Report of the Municipal Commissioner on the plague in Bombay for the year ending 31st May... - Volume 2
Disease focus: Plague
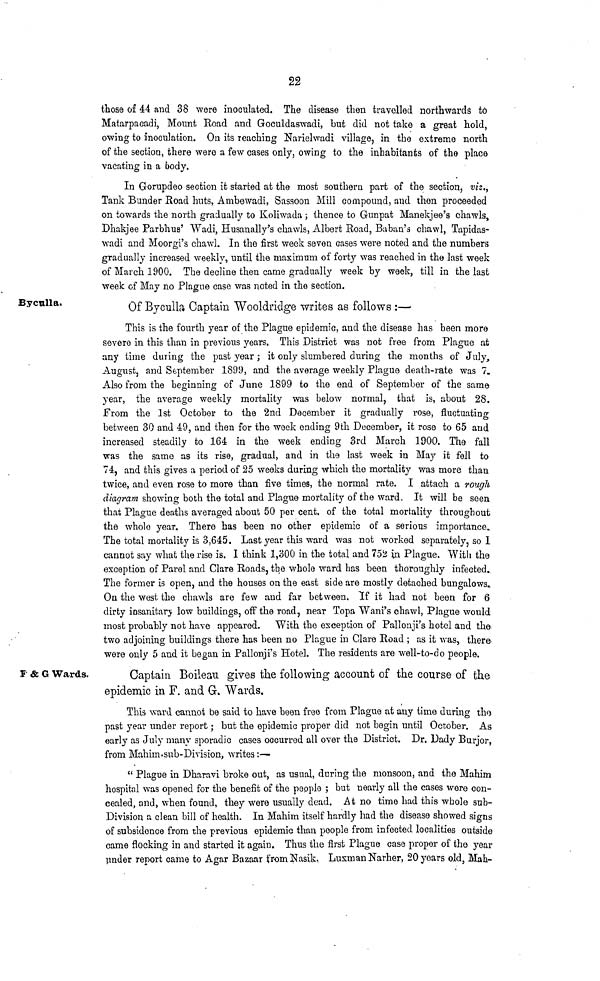
22
those of 44 and 38 were inoculated. The disease then travelled northwards to
Matarpaoadi, Mount Road and Goculdaswadi, but did not take a great hold,
owing to inoculation. On its reaching Narielwadi village, in the extreme north
of the section, there were a few cases only, owing to the inhabitants of the place
vacating in a body.
In Gorupdeo section it started at the most southern part of the section, viz.,
Tank Bunder Road Irats, Ambewadi, Sassoon Mill compound, and then proceeded
on towards the north gradually to Koliwada ; thence to Gunpat Manekjee's chawls,
Dhakjee Parbhus' Wadi, Husanally's chawls, Albert Road, Buban's chawl, Tapidas-
wadi and Moorgi's chawl. In the first week seven cases were noted and the numbers
gradually increased weekly, until the maximum of forty was reached in the last week
of March 1900. The decline then came gradually week by week, till in the last
week of May no Plague case was noted in the section.
Bycnlla.
Of Byculla Captain Wooldridge writes as follows :—
This is the fourth year of the Plague epidemic, and the disease has been more
severe in this than in previous years. This District was not free from Plague at
any time during the past year; it only slumbered during the months of July,
August, and September 1899, and the average weekly Plague death-rate was 7.
Also from the beginning of June 1899 to the end of September of the same
year, the average weekly mortality was below normal, that is, about 28.
From the 1st October to the 2nd December it gradually rose, fluctuating
between 30 and 49, and then for the week ending 9th December, it rose to 65 and
increased steadily to 164 in the week ending 3rd March 1900. The fall
vras the same as its rise, gradual, and in the last week in May it fell to
74, and this gives a period of 25 weeks during which the mortality was more than
twice, and even rose to more than five times, the normal rate. I attach a rough
diagram showing both the total and Plague mortality of the ward. It will be seen
that Plague deaths averaged about 50 per cent, of the total mortality throughout
the whole year. There has been no other epidemic of a serious importance.
The total mortality is 3,645. Last year this ward was not worked separately, so I
cannot say what the rise is. I think 1,300 in the total and 752 in Plague. With the
exception of Parel and Clare Roads, tbe whole ward lias been thoroughly infected.
The former is open, and the houses on the east side are mostly detached bungalows.
On the west the chawls are few and far between. If it had not been for 6
dirty insanitary low buildings, off the road, near Topa Wani's ohawl, Plague would
most probably not have appeared. With the exception of Pallonji's hotel and the
two adjoining buildings there has been no Plague in Clare Road ; as it was, there-
were only 5 and it began in Pallonji's Hotel. The residents are well-to-do people.
P & G Wards.
Captain Boileau gives the following account of the course of the
epidemic in F. and G. Wards.
This ward cannot be said to have boon free from Plague at any time during tho
past year under report; but the epidemic proper did not begin until October. As
early as July many sporadic cases occurred all over the District. Dr. Dady Burjor,
from Mahim-sub-Division, writes:—
" Plague in Dharavi broke out, as usual, during the monsoon, and the Mahim
hospital was opened for the benefit of the people ; but nearly all the cases were con-
cealed, and, when found, they were usually dead. At no time had this whole snb-
Division a clean bill of health. In Mahim itself hardly had the disease showed signs
of subsidence from the previous epidemic than people from infected localities outside
came flocking in and started it again. Thus the first Plague case proper of the year
pnder report came to Agar Bazaar t'romNasik. LusmanNarher, 20 years old, Mah-